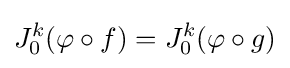
J_{0}^{k}(\varphi \circ f)=J_{0}^{k}(\varphi \circ g)